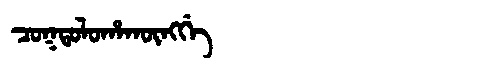
Manchu: ᠴᠣᡴᡨᠣᠯᠣᡥᠠᡴᡡᠩᡤᡝ
Romanization: COKTOLOHAKŪNGGE